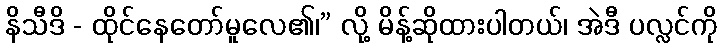
နိသီဒိ - ထိုင်နေတော်မူလေ၏၊” လို့ မိန့်ဆိုထားပါတယ်၊ အဲဒီ ပလ္လင်ကို